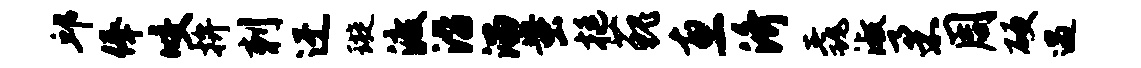
邱俸咬拚刺迂璇渡沿溜蚩挺藐惠济毳淑柔周硬遇